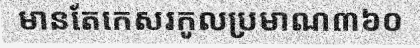
មានតែកេសរកូលប្រមាណ៣៦០